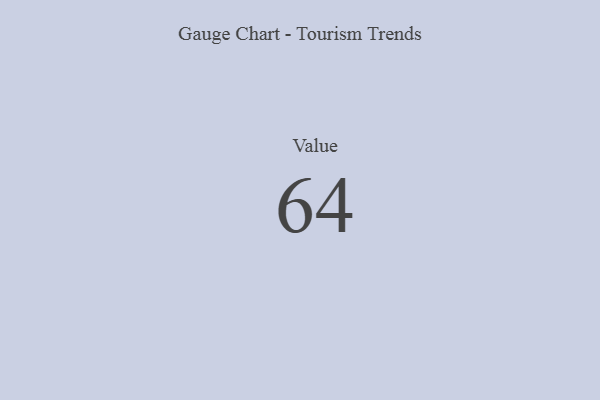
{"axis": {"x": "Metric", "y": "Value"}, "legend": [""], "data": [{"x": "Value", "y": 64, "type": ""}]}